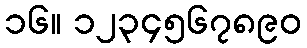
၁၆။ ၁၂၃၄၅၆၇၈၉၀